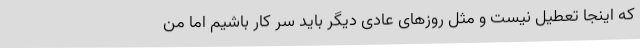
که اینجا تعطیل نیست و مثل روزهای عادی دیگر باید سر کار باشیم اما من